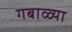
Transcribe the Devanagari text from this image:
गबाळ्या